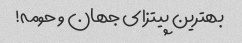
بهترین پیتزای جهان و حومه!